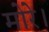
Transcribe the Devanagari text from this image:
मोरे।